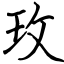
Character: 玫